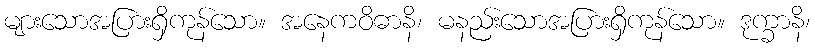
များသောအပြားရှိကုန်သော။ အနေကဝိဓာနိ၊ မနည်းသောအပြားရှိကုန်သော။ ဒုက္ခာနိ၊